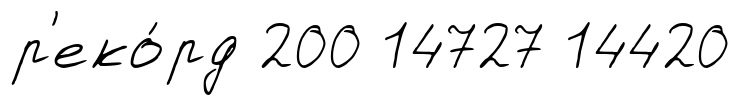
р'еко́рд 200 14727 14420